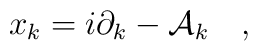
x_k = i\partial _k - {\cal A }_{k}~~~,